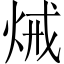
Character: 𤈪